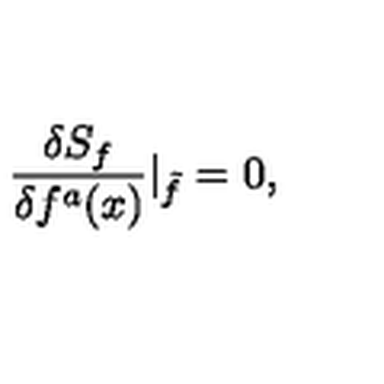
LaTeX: \frac { \delta S _ { f } } { \delta f ^ { a } ( x ) } \vert _ { \tilde { f } } = 0 ,